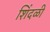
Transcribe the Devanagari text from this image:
शिंदळी